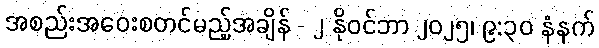
အစည်းအဝေးစတင်မည့်အချိန် - ၂ နိုဝင်ဘာ ၂၀၂၅၊ ၉:၃၀ နံနက်